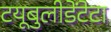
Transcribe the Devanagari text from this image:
टयूबुलीडेंटेटा